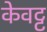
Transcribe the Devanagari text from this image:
केवट्ट